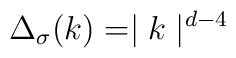
\Delta_{\sigma} (k)= \mid {k} \mid ^{d-4}